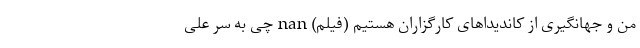
من و جهانگیری از کاندیداهای کارگزاران هستیم (فیلم) nan چی به سر علی